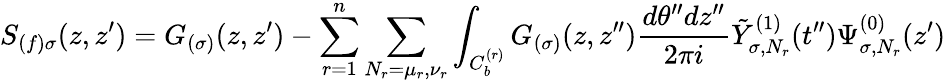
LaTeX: S_{(f)\sigma}(z,z^{\prime})=G_{(\sigma)}(z,z^{\prime})-\sum_{r=1}^{n}\sum_{N_{r}=\mu_{r},\nu_{r}}\int_{C_{b}^{(r)}}G_{(\sigma)}(z,z^{\prime\prime})\frac{d\theta^{\prime\prime}dz^{\prime\prime}}{2\pi i}\tilde{Y}_{\sigma,N_{r}}^{(1)}(t^{\prime\prime})\Psi_{\sigma,N_{r}}^{(0)}(z^{\prime})